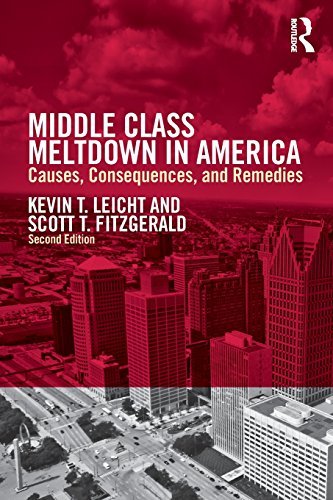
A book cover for Middle Class Meltdown in America: Causes, Consequences, and Remedies; Kevin T Leicht; Business & Money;